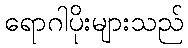
ရောဂါပိုးများသည်